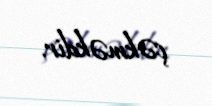
çəkməkdir.